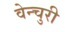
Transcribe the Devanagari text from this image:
वेन्चुरी